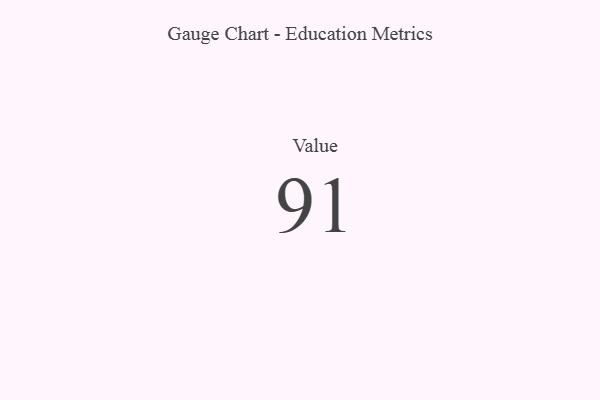
{"axis": {"x": "Metric", "y": "Value"}, "legend": [""], "data": [{"x": "Value", "y": 91, "type": ""}]}